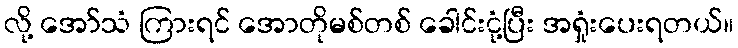
လို့ အော်သံ ကြားရင် အောတိုမစ်တစ် ခေါင်းငုံ့ပြီး အရှုံးပေးရတယ်။